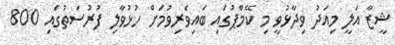
ޝީޒާ އަލީ މިއަދު ވިދާޅުވީ މި ކޭމްޕުގައި ބައިވެރިވުމަށް ހުޅުވާލި ފުރުސަތުގައި 800